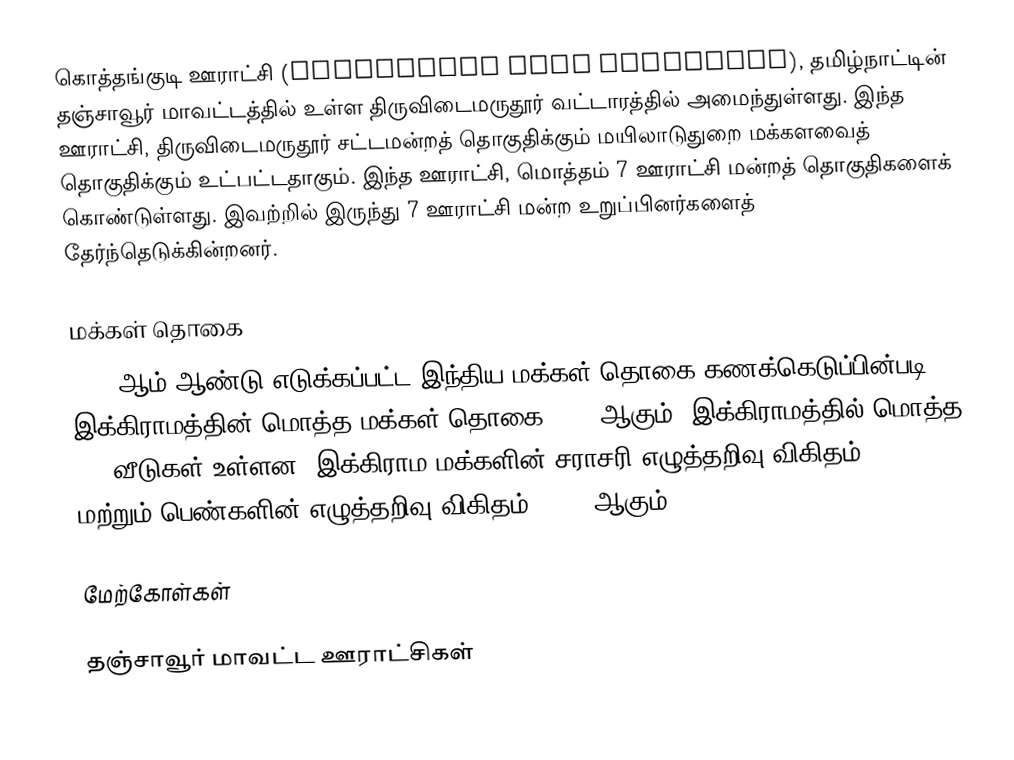
கொத்தங்குடி ஊராட்சி (Kothankudi Gram Panchayat), தமிழ்நாட்டின் தஞ்சாவூர் மாவட்டத்தில் உள்ள திருவிடைமருதூர் வட்டாரத்தில் அமைந்துள்ளது. இந்த ஊராட்சி, திருவிடைமருதூர் சட்டமன்றத் தொகுதிக்கும் மயிலாடுதுறை மக்களவைத் தொகுதிக்கும் உட்பட்டதாகும். இந்த ஊராட்சி, மொத்தம் 7 ஊராட்சி மன்றத் தொகுதிகளைக் கொண்டுள்ளது. இவற்றில் இருந்து 7 ஊராட்சி மன்ற உறுப்பினர்களைத் தேர்ந்தெடுக்கின்றனர்.

மக்கள் தொகை
2011 ஆம் ஆண்டு எடுக்கப்பட்ட இந்திய மக்கள் தொகை கணக்கெடுப்பின்படி, இக்கிராமத்தின் மொத்த மக்கள் தொகை 2013 ஆகும். இக்கிராமத்தில் மொத்த 500 வீடுகள் உள்ளன. இக்கிராம மக்களின் சராசரி எழுத்தறிவு விகிதம் 64.1% மற்றும் பெண்களின் எழுத்தறிவு விகிதம் 28.5% ஆகும்.

மேற்கோள்கள்

தஞ்சாவூர் மாவட்ட ஊராட்சிகள்